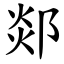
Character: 郯